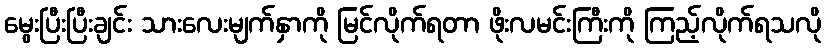
မွေးပြီးပြီးချင်း သားလေးမျက်နှာကို မြင်လိုက်ရတာ ဖိုးလမင်းကြီးကို ကြည့်လိုက်ရသလို